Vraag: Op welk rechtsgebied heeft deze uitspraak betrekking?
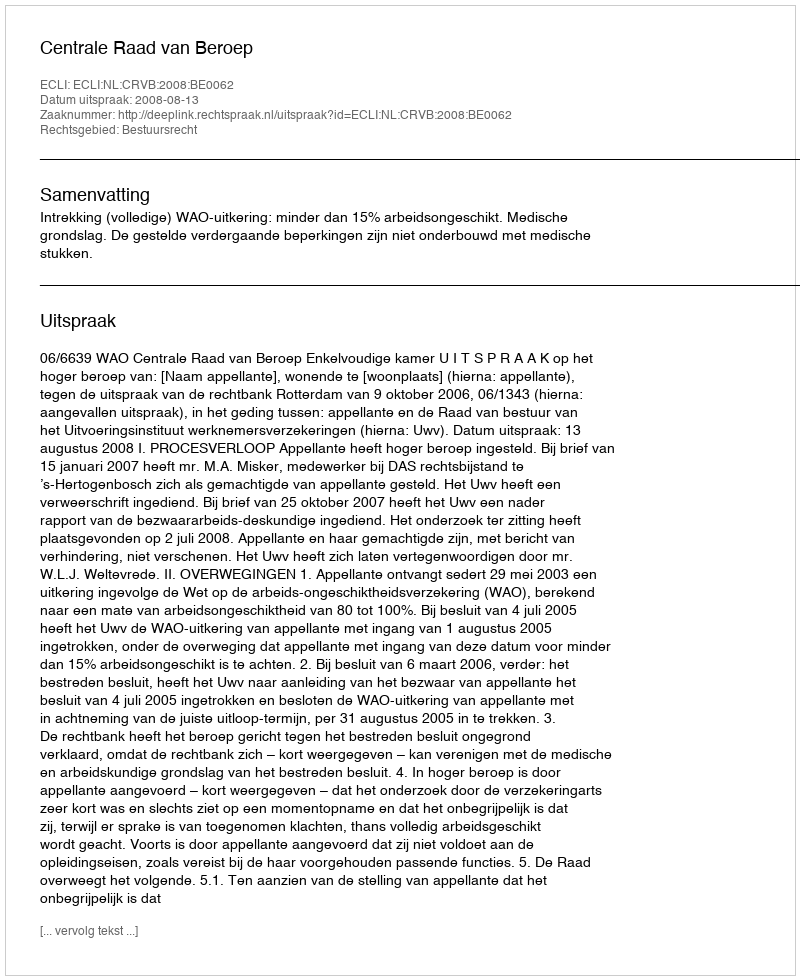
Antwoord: Bestuursrecht